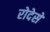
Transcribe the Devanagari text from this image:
रोदेसे